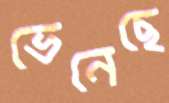
ভেনেছে